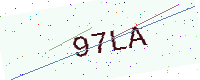
Text: 97LA